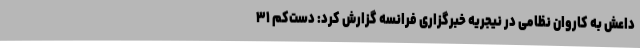
داعش به کاروان نظامی در نیجریه خبرگزاری فرانسه گزارش کرد: دست‌کم ۳۱